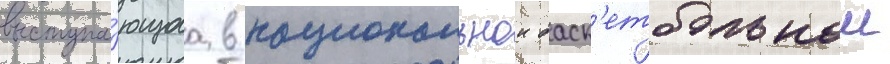
выступа́ющаа в национальнои баск'етбольнои